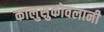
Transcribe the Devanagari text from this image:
कालुसुकोवलानी